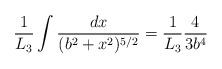
LaTeX: \begin{align*}{1\over L_3}\int {dx\over (b^2+x^2)^{5/2}}={1\over L_3}{4\over 3b^{4}}\end{align*}